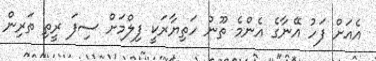
އެއަށް ފަހު އޭނާގެ އެންމެ ތޫނު ހަތިޔާރަކީ ފިލްމަށް ސިފަ ރީތި ތަރިން